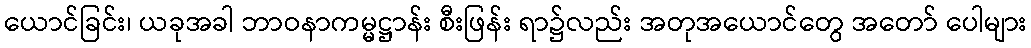
ယောင်ခြင်း၊ ယခုအခါ ဘာဝနာကမ္မဋ္ဌာန်း စီးဖြန်း ရာ၌လည်း အတုအယောင်တွေ အတော် ပေါများ